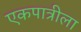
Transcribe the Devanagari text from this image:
एकपात्रीला